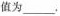
值为___.